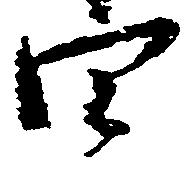
四